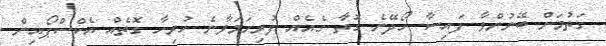
ގަތުމަށް ބޭނުންވާ ފައިސާ ހޯދޭނެ ގޮތާ ގެއެއް ފުރިހަމަވާނެ ހުރިހާ ގޮތެއް އެކްސްޕޯއިން